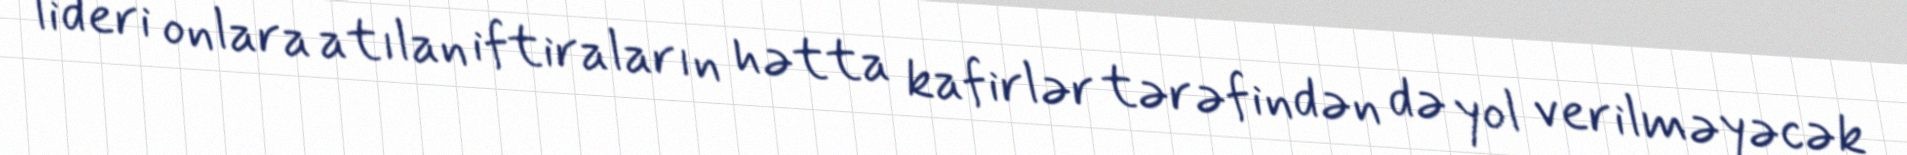
lideri onlara atılan iftiraların hətta kafirlər tərəfindən də yol verilməyəcək